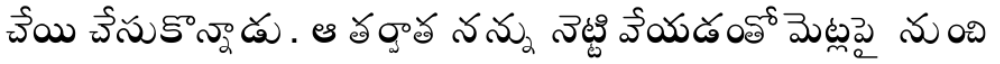
చేయి చేసుకొన్నాడు. ఆ తర్వాత నన్ను నెట్టివేయడంతో మెట్లపై నుంచి